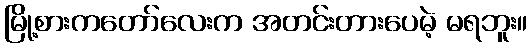
မြို့စားကတော်လေးက အတင်းတားပေမဲ့ မရဘူး။